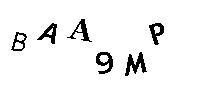
BAA9MP